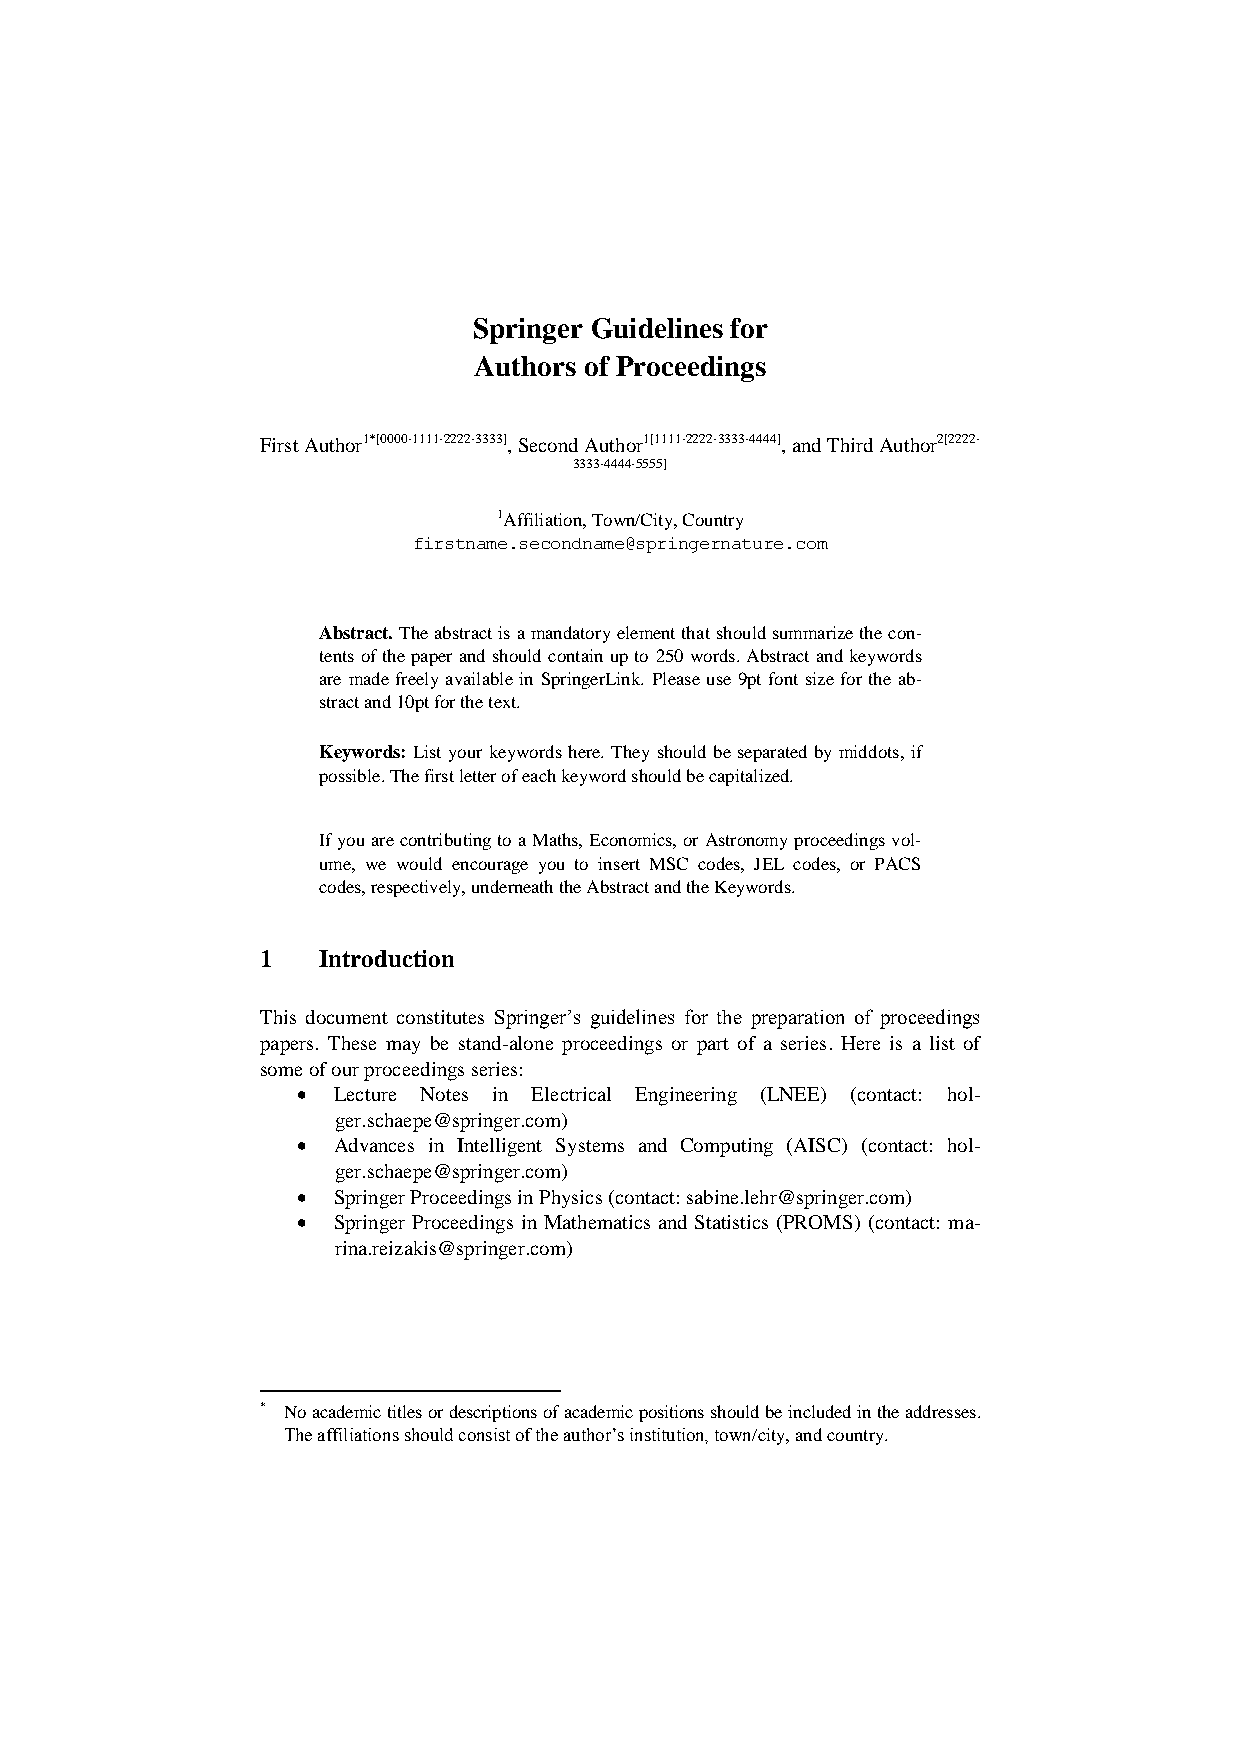
Springer Guidelines for
 Authors of Proceedings
 First Author1*[0000-1111-2222-3333], Second Author1[1111-2222-3333-4444], and Third Author2[2222-
 3333-4444-5555]
 1Affiliation, Town/City, Country
 firstname.secondname@springernature.com
 Abstract. The abstract is a mandatory element that should summarize the con-
 tents of the paper and should contain up to 250 words. Abstract and keywords
 are made freely available in SpringerLink. Please use 9pt font size for the ab-
 stract and 10pt for the text.
 Keywords: List your keywords here. They should be separated by middots, if
 possible. The first letter of each keyword should be capitalized.
 If you are contributing to a Maths, Economics, or Astronomy proceedings vol-
 ume, we would encourage you to insert MSC codes, JEL codes, or PACS
 codes, respectively, underneath the Abstract and the Keywords.
 1   Introduction
 This document constitutes Springer’s guidelines for the preparation of proceedings
 papers. These may be stand-alone proceedings or part of a series. Here is a list of
 some of our proceedings series:
  Lecture Notes in Electrical Engineering (LNEE) (contact: hol-
 ger.schaepe@springer.com)
  Advances in Intelligent Systems and Computing (AISC) (contact: hol-
 ger.schaepe@springer.com)
  Springer Proceedings in Physics (contact: sabine.lehr@springer.com)
  Springer Proceedings in Mathematics and Statistics (PROMS) (contact: ma-
 rina.reizakis@springer.com)
 * No academic titles or descriptions of academic positions should be included in the addresses.
 The affiliations should consist of the author’s institution, town/city, and country.